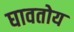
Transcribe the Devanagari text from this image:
घावतोय